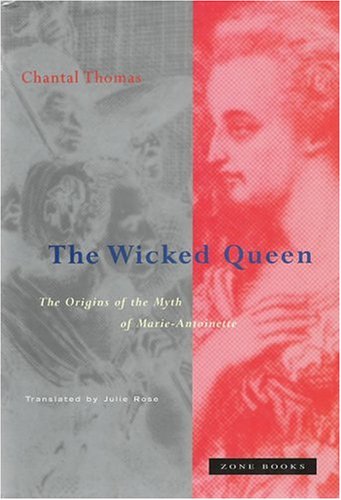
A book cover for The Wicked Queen: The Origins of the Myth of Marie-Antoinette; Chantal Thomas; Politics & Social Sciences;